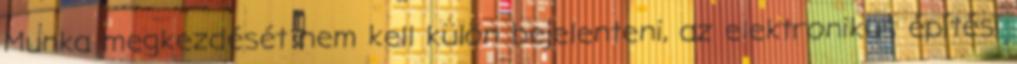
Munka megkezdését nem kell külön bejelenteni, az elektronikus építési